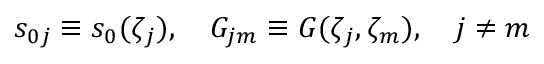
s _ { 0 j } \equiv s _ { 0 } ( \zeta _ { j } ) , \quad G _ { j m } \equiv G ( \zeta _ { j } , \zeta _ { m } ) , \quad j \ne m